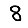
Digit: 8